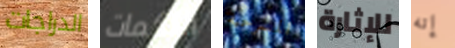
الدراجات اللكمات المسرحية للإثارة إنه